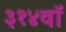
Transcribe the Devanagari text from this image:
३१४वॉ